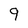
Character: 9